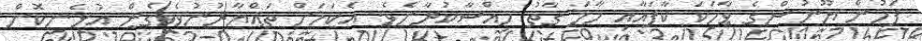
ފަހުން ޔޫނުސްގެ ވާހަކަ ކާފައާއި މާމަ ގާތު ހިއްސާކުރާށެވެ. އެކަމަށް ތައްޔާރުނުވެވިގެން އުޅެނިކޮށް